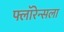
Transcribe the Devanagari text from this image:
फ्लॉरेन्सला